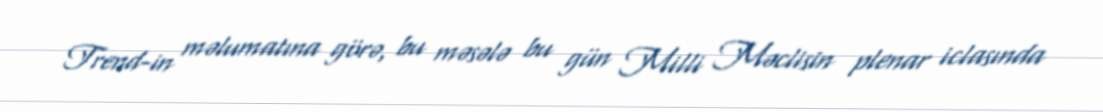
Trend-in məlumatına görə, bu məsələ bu gün Milli Məclisin plenar iclasında